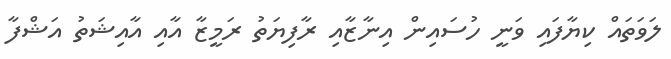
ލަވަތައް ކިޔާފައި ވަނީ ހުސައިން އިނާޒާއި ރާފިޔަތު ރަމީޒާ އާއި އާއިޝަތު އަޝްފާ